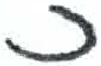
אות: כ